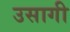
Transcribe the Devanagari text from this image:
उसागी